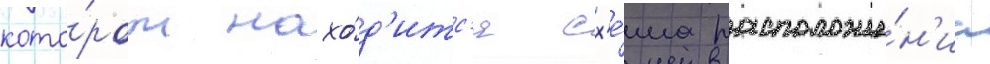
кото́ром нахо́д'итс'я сх'е́ма расположе́н'иа